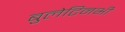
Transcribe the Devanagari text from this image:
बुलेटिनभी